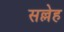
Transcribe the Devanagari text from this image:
सल्लेह